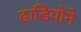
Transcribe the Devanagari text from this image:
ढाडियोंने